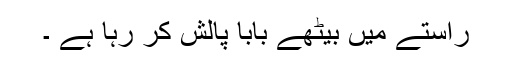
راستے میں بیٹھے بابا پالش کر رہا ہے ۔